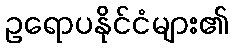
ဥရောပနိုင်ငံများ၏